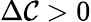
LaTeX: \Delta\mathcal{C}>0